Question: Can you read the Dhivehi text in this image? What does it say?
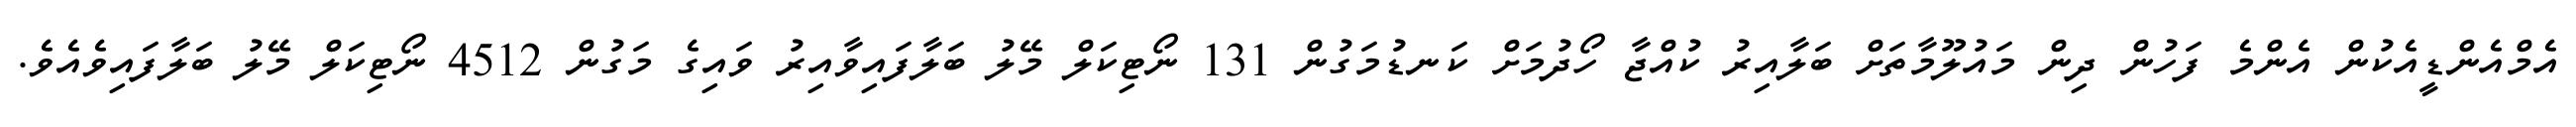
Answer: އެމްއެންޑީއެކުން އެންމެ ފަހުން ދިން މައުލޫމާތަށް ބަލާއިރު ކުއްޖާ ހޯދުމަށް ކަނޑުމަގުން 131 ނޯޓިކަލް މޭލު ބަލާފައިވާއިރު ވައިގެ މަގުން 4512 ނޯޓިކަލް މޭލު ބަލާފައިވެއެވެ.